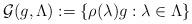
LaTeX: \begin{align*}\mathcal{G}(g,\Lambda) := \left \{ \rho(\lambda)g : \lambda \in \Lambda\right \} \end{align*}